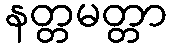
နတ္တမတ္တာ